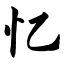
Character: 忆